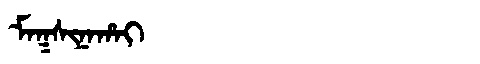
Manchu: ᠮᠠᡴᠰᡳᠨᠠᡥᠠᡳ
Romanization: MAKSINAHAI